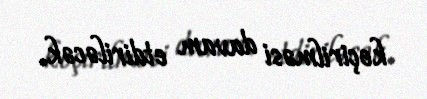
keçirilməsi davam etdiriləcək.